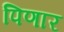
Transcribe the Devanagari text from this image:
पिणार